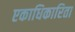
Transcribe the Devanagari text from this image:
एकाधिकारिता